Civil Veterinary Department. United Provinces 1923-31 - 1923-1931
Year: 1923
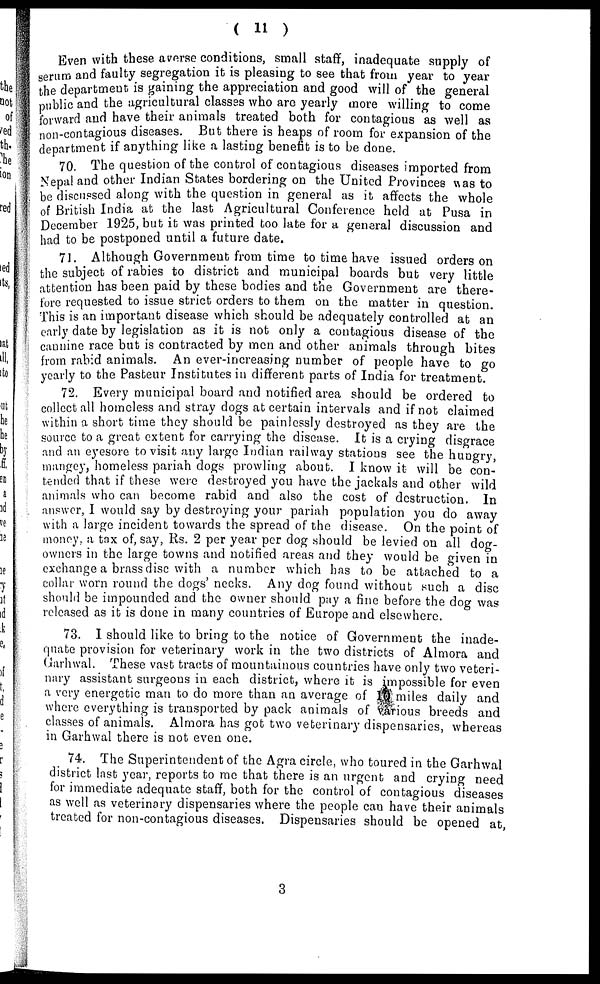
( 11 )
Even with these averse conditions, small staff, inadequate supply of
serum and faulty segregation it is pleasing to see that from year to year
the department is gaining the appreciation and good will of the general
public and the agricultural classes who are yearly more willing to come
forward and have their animals treated both for contagious as well as
non-contagious diseases. But there is heaps of room for expansion of the
department if anything like a lasting benefit is to be done.
70. The question of the control of contagious diseases imported from
Nepal and other Indian States bordering on the United Provinces was to
be discussed along with the question in general as it affects the whole
of British India at the last Agricultural Conference held at Pusa in
December 1925, but it was printed too late for a general discussion and
had to be postponed until a future date.
71. Although Government from time to time have issued orders on
the subject of rabies to district and municipal boards but very little
attention has been paid by these bodies and the Government are there-
fore requested to issue strict orders to them on the matter in question.
This is an important disease which should be adequately controlled at an
early date by legislation as it is not only a contagious disease of the
cannine race but is contracted by men and other animals through bites
from rabid animals. An ever-increasing number of people have to go
yearly to the Pasteur Institutes in different parts of India for treatment.
72. Every municipal board and notified area should be ordered to
collect all homeless and stray dogs at certain intervals and if not claimed
within a short time they should be painlessly destroyed as they are the
source to a great extent for carrying the disease. It is a crying disgrace
and an eyesore to visit any large Indian railway stations see the hungry,
mangey, homeless pariah dogs prowling about. I know it will be con-
tended that if these were destroyed you have the jackals and other wild
animals who can become rabid and also the cost of destruction. In
answer, I would say by destroying your pariah population you do away
with a large incident towards the spread of the disease. On the point of
money, a tax of, say, Rs. 2 per year per dog should be levied on all dog-
owners in the large towns and notified areas and they would be given in
exchange a brass disc with a number which has to be attached to a
collar worn round the dogs' necks. Any dog found without such a disc
should be impounded and the owner should pay a fine before the dog was
released as it is done in many countries of Europe and elsewhere.
73. I should like to bring to the notice of Government the inade-
quate provision for veterinary work in the two districts of Almora and
Garhwal. These vast tracts of mountainous countries have only two veteri-
nary assistant surgeons in each district, where it is impossible for even
a very energetic man to do more than an average of 10 miles daily and
where everything is transported by pack animals of various breeds and
classes of animals. Almora has got two veterinary dispensaries, whereas
in Garhwal there is not even one.
74. The Superintendent of the Agra circle, who toured in the Garhwal
district last year, reports to me that there is an urgent and crying need
for immediate adequate staff, both for the control of contagious diseases
as well as veterinary dispensaries where the people can have their animals
treated for non-contagious diseases. Dispensaries should be opened at,
3